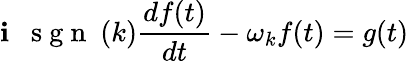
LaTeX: \mathbf{i}\; \mathrm{{~\mathrm{{~s~g~n~}}~}}(k)\frac{{df(t)}}{{dt}}-\omega_{k}f(t)=g(t)